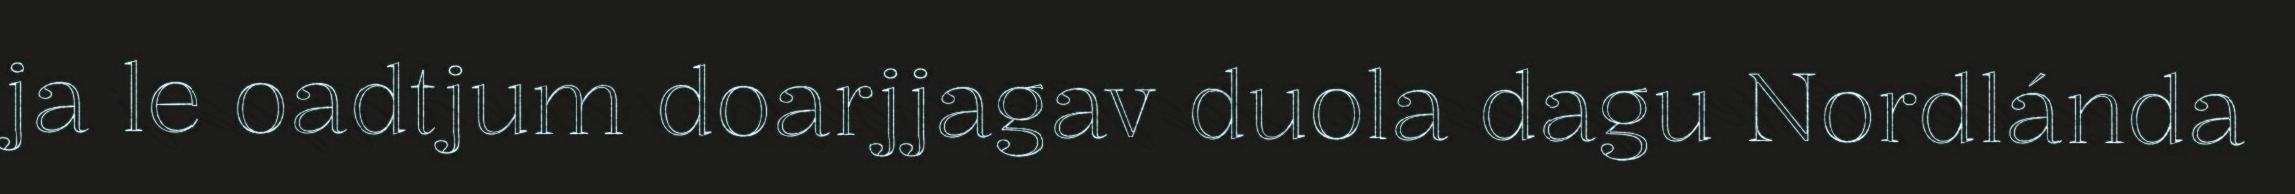
ja le oadtjum doarjjagav duola dagu Nordlánda